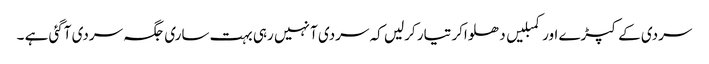
سردی کے کپڑے اور کمبلیں دھلواکر تیار کرلیں کہ سردی آ نہیں رہی بہت ساری جگہ سردی آگئی ہے ۔